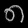
Digit: ၈